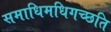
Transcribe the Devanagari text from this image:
समाधिमधिगच्छति